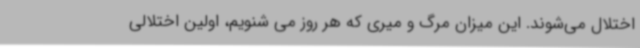
اختلال می‌شوند. این میزان مرگ و میری که هر روز می شنویم، اولین اختلالی